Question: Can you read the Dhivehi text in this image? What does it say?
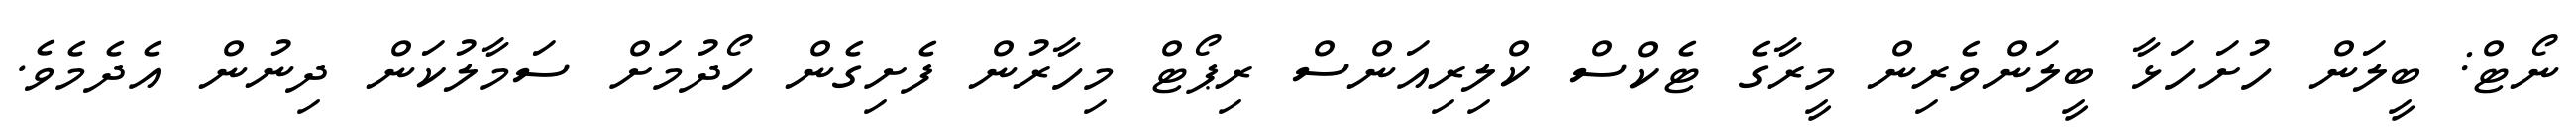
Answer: ނޯޓް: ބީލަން ހުށަހަޅާ ބީލަންވެރިން މީރާގެ ޓެކްސް ކްލިރިއަންސް ރިޕޯޓް މިހާރުން ފެށިގެން ހޯދުމަށް ސަމާލުކަން ދިނުން އެދެމެވެ.